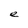
Character: e